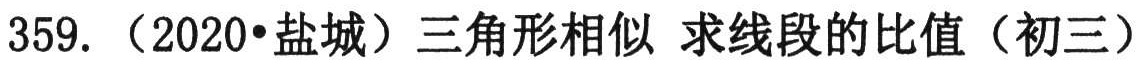
359. （2020•盐城）三角形相似 求线段的比值（初三）